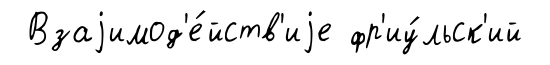
Взаjимод'е́йств'иjе фр'иу́льск'ий